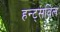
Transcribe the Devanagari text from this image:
हन्ट्सविल